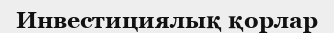
Инвестициялық қорлар